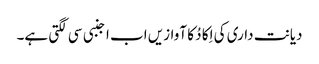
دیانت داری کی اِکا دُ کا آوازیں اب اجنبی سی لگتی ہے۔